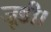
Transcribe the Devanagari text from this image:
जूडी।